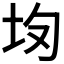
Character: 𡉳